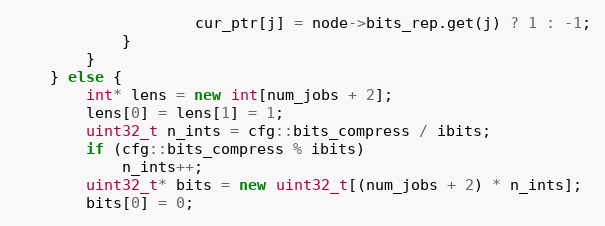
Language: C++
                    cur_ptr[j] = node->bits_rep.get(j) ? 1 : -1;
            }
        }
    } else {
        int* lens = new int[num_jobs + 2];
        lens[0] = lens[1] = 1;
        uint32_t n_ints = cfg::bits_compress / ibits;
        if (cfg::bits_compress % ibits)
            n_ints++;
        uint32_t* bits = new uint32_t[(num_jobs + 2) * n_ints];
        bits[0] = 0;